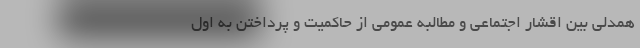
همدلی بین اقشار اجتماعی و مطالبه عمومی از حاکمیت و پرداختن به اول